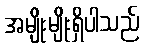
အမျိုးမျိုးရှိပါသည်